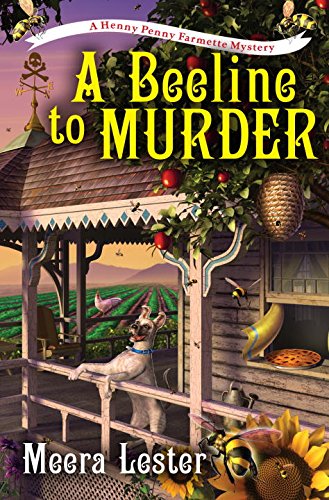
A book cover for A Beeline to Murder (A Henny Penny Farmette Mystery); Meera Lester; Mystery, Thriller & Suspense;